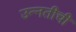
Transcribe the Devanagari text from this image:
उन्‍नतीची